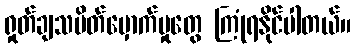
ရှုတ်ချသပိတ်မှောက်မှုတွေ ကြုံရနိုင်ပါတယ်။